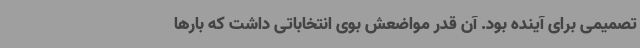
تصمیمی برای آینده بود. آن‌ قدر مواضعش بوی انتخاباتی داشت که بارها